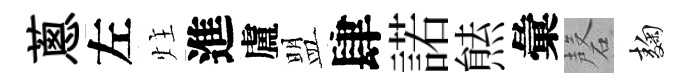
蔥左炷進盧盟肆諾㷱彙磬麹